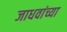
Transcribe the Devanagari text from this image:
जाधवांच्या